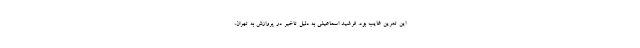
این تمرین غایب بود. فرشید اسماعیلی به دلیل تاخیر در پروازش به تهران،